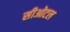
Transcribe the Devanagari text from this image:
सीओटल